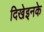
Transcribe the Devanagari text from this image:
दिखेइनके